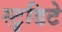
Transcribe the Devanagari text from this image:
स्टुडिटे